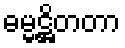
ဓမ္မဋ္ဌိတတာ